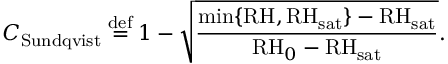
{ \cal C } _ { \mathrm { S u n d q v i s t } } \overset { \mathrm { d e f } } { = } 1 - \sqrt { \frac { \operatorname* { m i n } \{ \mathrm { R H } , \mathrm { R H } _ { \mathrm { s a t } } \} - \mathrm { R H _ { s a t } } } { \mathrm { R H } _ { 0 } - \mathrm { R H _ { s a t } } } } .